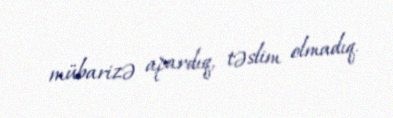
mübarizə apardıq, təslim olmadıq.